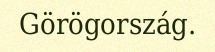
Görögország.